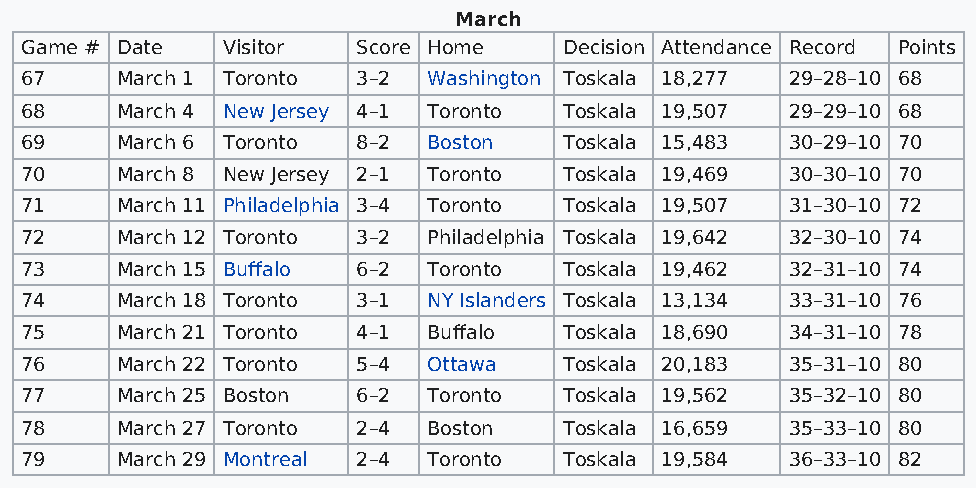
March
 Game # Date   Visitor  Score Home   Decision Attendance Record Points
 67     March 1 Toronto 3–2 Washington Toskala 18,277 29–28–10 68
 68     March 4 New Jersey 4–1 Toronto Toskala 19,507 29–29–10 68
 69     March 6 Toronto 8–2 Boston   Toskala 15,483 30–29–10 70
 70     March 8 New Jersey 2–1 Toronto Toskala 19,469 30–30–10 70
 71     March 11 Philadelphia 3–4 Toronto Toskala 19,507 31–30–10 72
 72     March 12 Toronto 3–2 Philadelphia Toskala 19,642 32–30–10 74
 73     March 15 Buffalo 6–2 Toronto Toskala 19,462 32–31–10 74
 74     March 18 Toronto 3–1 NY Islanders Toskala 13,134 33–31–10 76
 75     March 21 Toronto 4–1 Buffalo Toskala 18,690 34–31–10 78
 76     March 22 Toronto 5–4 Ottawa  Toskala 20,183 35–31–10 80
 77     March 25 Boston 6–2 Toronto  Toskala 19,562 35–32–10 80
 78     March 27 Toronto 2–4 Boston  Toskala 16,659 35–33–10 80
 79     March 29 Montreal 2–4 Toronto Toskala 19,584 36–33–10 82